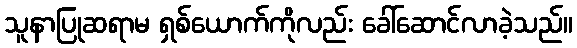
သူနာပြုဆရာမ ရှစ်ယောက်ကိုလည်း ခေါ်ဆောင်လာခဲ့သည်။